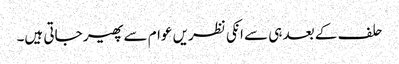
حلف کے بعد ہی سے انکی نظریں عوام سے پھیر جاتی ہیں۔